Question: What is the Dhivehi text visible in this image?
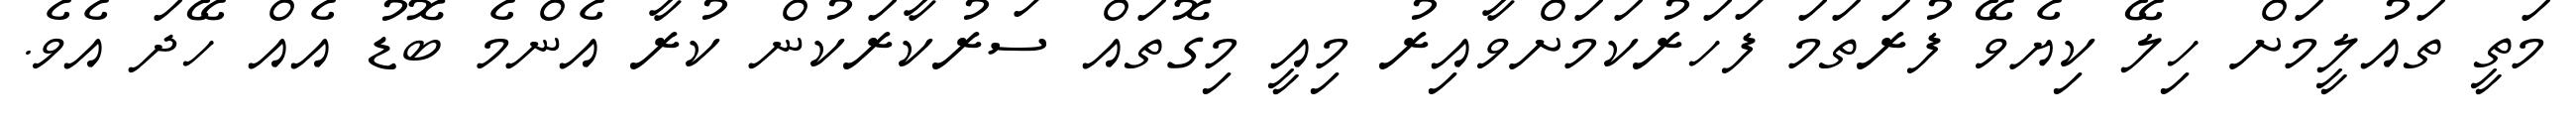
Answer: މަތީ ތައުލީމަށް ހިލޭ ކިޔެވޭ ފުރަތަމަ ފަހަރުކަމަށްވާއިރު މިއީ މިގޮތައް ސަރުކާރަކުން ކުރާ އެންމެ ބޮޑު އެއް ހޭދަ އެވެ.